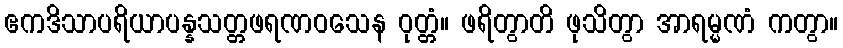
ဧကဒိသာပရိယာပန္နသတ္တဖရဏဝသေန ဝုတ္တံ။ ဖရိတွာတိ ဖုသိတွာ အာရမ္မဏံ ကတွာ။